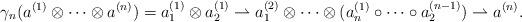
LaTeX: \begin{align*}\gamma_n(a^{(1)}\otimes \cdots\otimes a^{(n)})=a^{(1)}_1\otimes a^{(1)}_2\rightharpoonup a^{(2)}_1\otimes\cdots\otimes (a^{(1)}_n\circ\cdots\circ a^{(n-1)}_2)\rightharpoonup a^{(n)}.\end{align*}